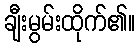
ချီးမွမ်းထိုက်၏။